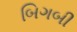
બિગબી